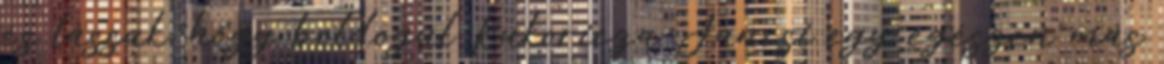
és lássuk, hogy boldogul Kukoricza Jancsi egy egészen más